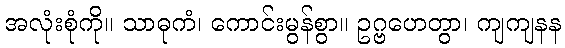
အလုံးစုံကို။ သာဓုကံ၊ ကောင်းမွန်စွာ။ ဥဂ္ဗဟေတွာ၊ ကျကျနန